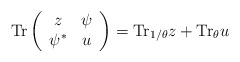
\begin{align*}{\rm Tr} \left( \begin{array}{cc}z & \psi \\\psi^{*} & u \end{array} \right) = {\rm Tr}_{1/\theta} z + {\rm Tr}_{\theta} u\end{align*}